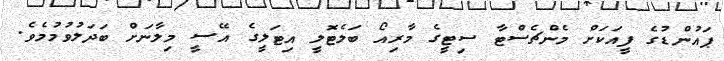
ޕައުންޑުގެ ފީއަކަށް މެންޗެސްޓާ ސިޓީގެ މާރިއޯ ބަލެޓޮލީ އިޓަލީގެ އޭސީ މިލާނަށް ބަދަލުވުމުމެވެ.